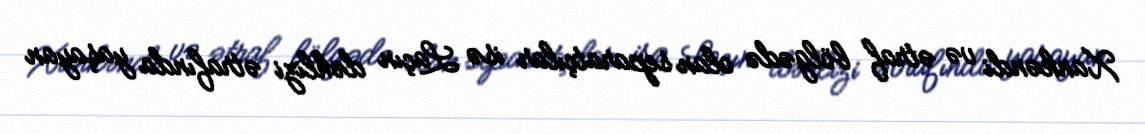
Xankəndi və ətraf bölgədə olan separatçılar isə Laçın dəhlizi ətrafında yaşayan